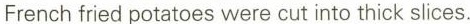
French fried potatoes were cut into thick slices.